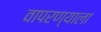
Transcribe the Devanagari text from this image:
वापरण्याला